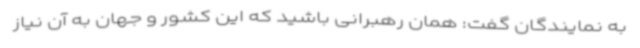
به نمایندگان گفت:‌ همان رهبرانی باشید که این کشور و جهان به آن نیاز